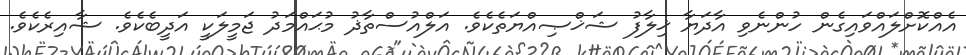
އެއްކޮށްލައްވައިގެން ހުންނެވި އާދަޔާ ޚިލާފު ޝަޚްޞިއްޔަތެކެވެ. އަލްއުސްތާޛު މުޙައްމަދު ޖަމީލަކީ އަދީބެކެވެ. ޝާއިރެކެވެ.